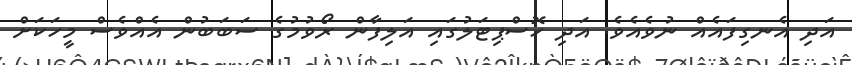
އަދި އެނގިފައެއް ނުވެއެވެ. އަދި ހޮސްޕިޓަލުގައި އަލިފާން ރޯވުމުގެ ސަބަބުން އެއްވެސް މީހަކަށް